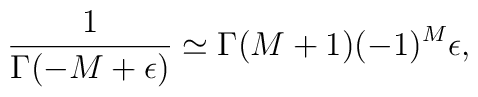
\frac1{\Gamma(-M+\epsilon)}\simeq\Gamma(M+1)(-1)^M\epsilon,